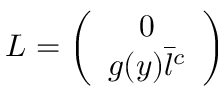
L = \left( \begin{array} { c } { { 0 } } \\ { { g ( y ) \bar { l } ^ { c } } } \end{array} \right)